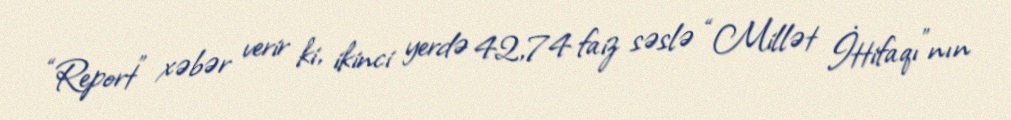
“Report” xəbər verir ki, ikinci yerdə 42,74 faiz səslə “Millət İttifaqı”nın